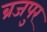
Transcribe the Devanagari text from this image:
ब्रजपुर